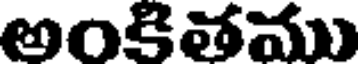
అంకితము